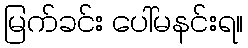
မြက်ခင်း ပေါ်မနင်းရ။